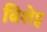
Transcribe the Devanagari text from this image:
विशेह